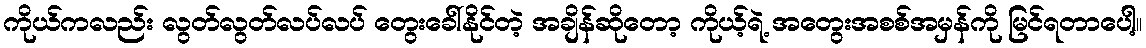
ကိုယ်ကလည်း လွတ်လွတ်လပ်လပ် တွေးခေါ်နိုင်တဲ့ အချိန်ဆိုတော့ ကိုယ့်ရဲ့ အတွေးအစစ်အမှန်ကို မြင်ရတာပေါ့။